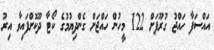
އައްސަފާ ހައްޖު ގުރޫޕަށް 122 މީހުން ހައްޖަށް ގެންދިޔުމުގެ ކޯޓާ ދޫކޮށްފައިވާ އިރު